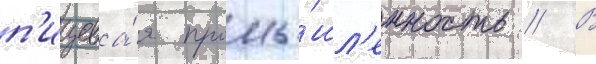
п'ищева́я промы́шл'енность // В